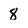
Character: 8